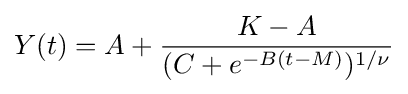
Y(t)=A+{K-A \over (C+e^{-B(t-M)})^{1/\nu }}